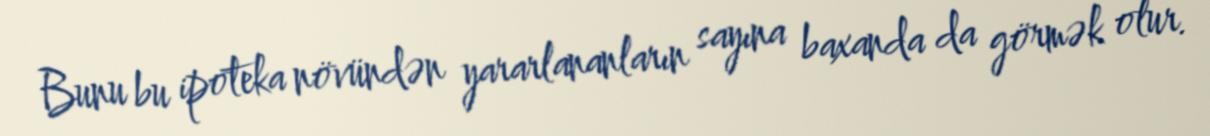
Bunu bu ipoteka növündən yararlananların sayına baxanda da görmək olur.